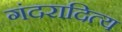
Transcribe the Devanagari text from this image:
गंदरादित्य